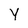
Character: Y